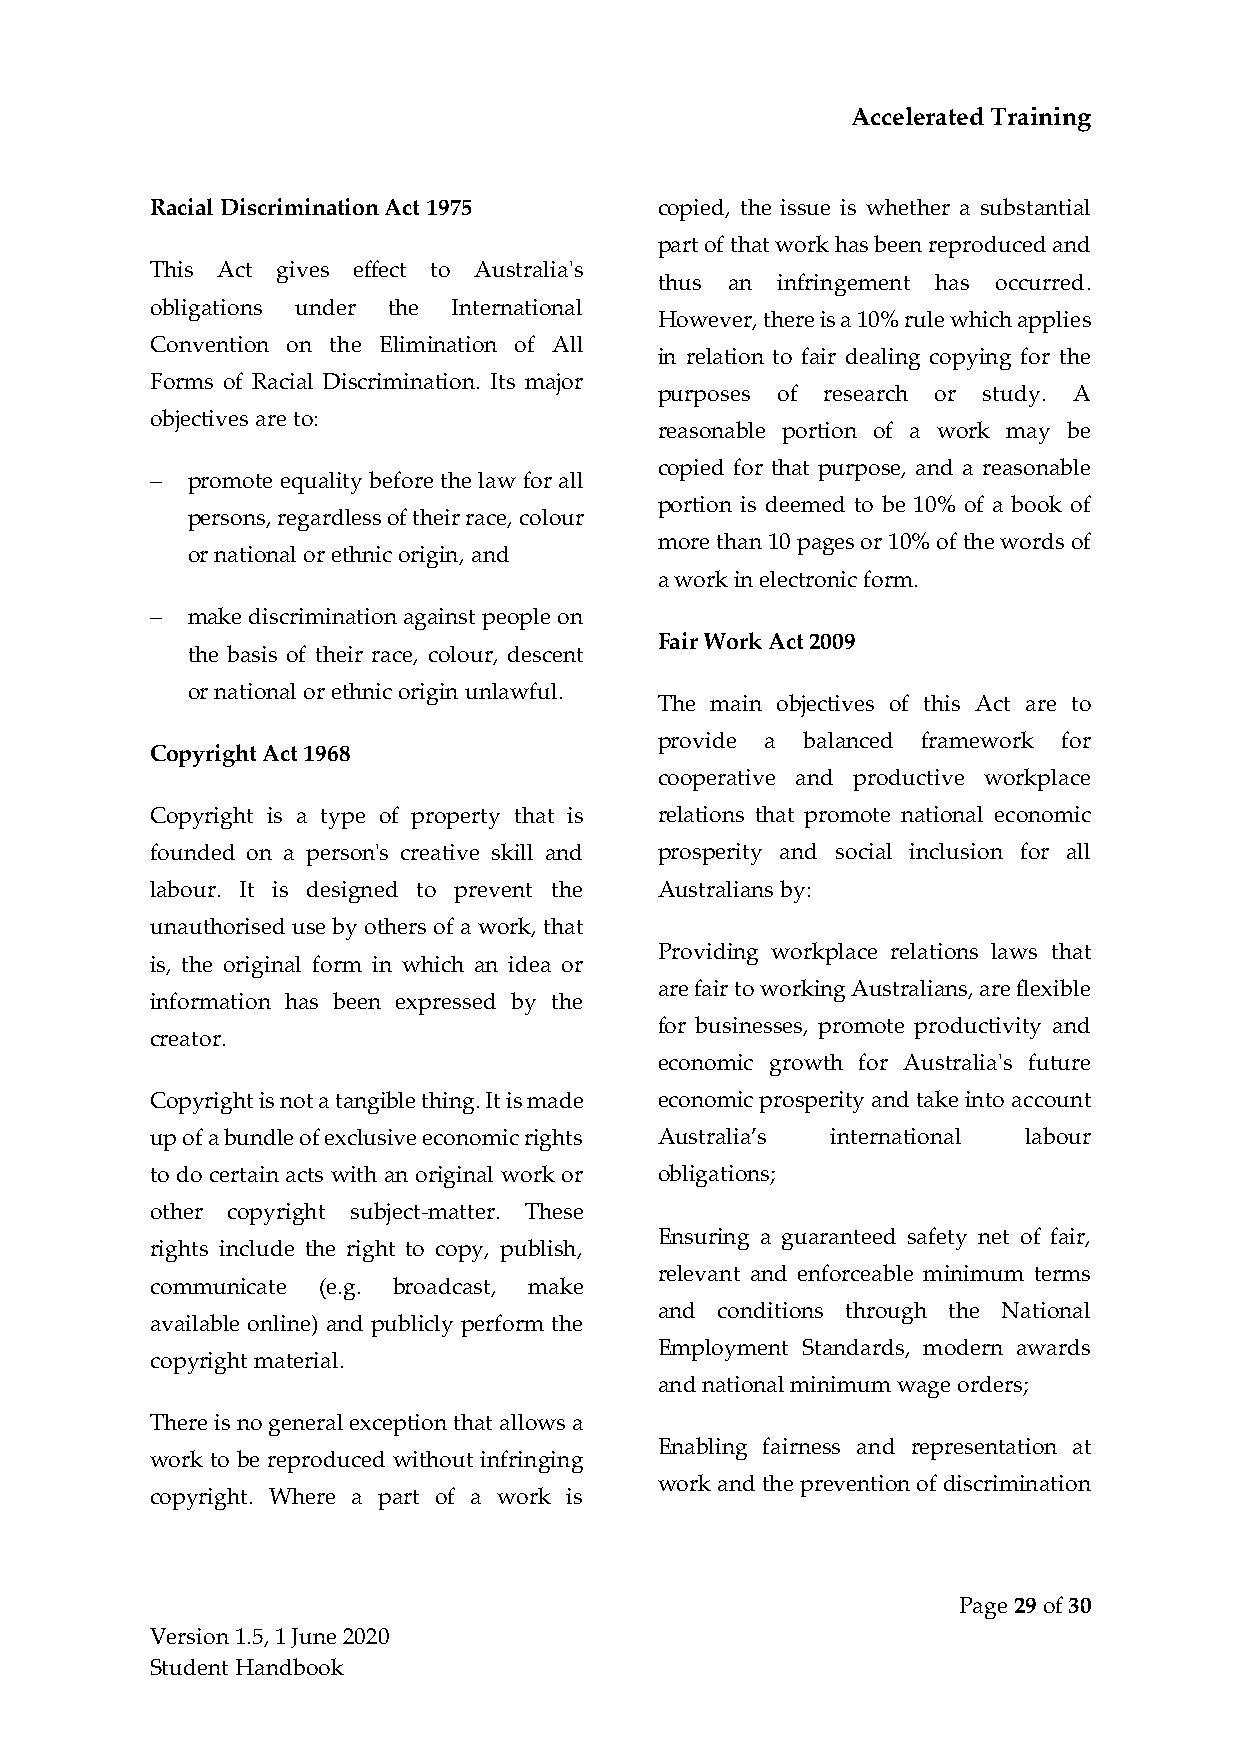
Accelerated Training
 Racial Discrimination Act 1975    copied, the issue is whether a substantial
 part of that work has been reproduced and
 This Act gives effect to Australia's
 thus an infringement has occurred.
 obligations under the International
 However, there is a 10% rule which applies
 Convention on the Elimination of All
 in relation to fair dealing copying for the
 Forms of Racial Discrimination. Its major
 purposes of research or study. A
 objectives are to:
 reasonable portion of a work may be
 copied for that purpose, and a reasonable
 − promote equality before the law for all
 portion is deemed to be 10% of a book of
 persons, regardless of their race, colour
 more than 10 pages or 10% of the words of
 or national or ethnic origin, and
 a work in electronic form.
 − make discrimination against people on
 Fair Work Act 2009
 the basis of their race, colour, descent
 or national or ethnic origin unlawful.
 The main objectives of this Act are to
 provide a balanced framework for
 Copyright Act 1968
 cooperative and productive workplace
 Copyright is a type of property that is relations that promote national economic
 founded on a person's creative skill and prosperity and social inclusion for all
 labour. It is designed to prevent the Australians by:
 unauthorised use by others of a work, that
 Providing workplace relations laws that
 is, the original form in which an idea or
 are fair to working Australians, are flexible
 information has been expressed by the
 for businesses, promote productivity and
 creator.
 economic growth for Australia's future
 Copyright is not a tangible thing. It is made economic prosperity and take into account
 up of a bundle of exclusive economic rights Australia’s international labour
 to do certain acts with an original work or obligations;
 other copyright subject-matter. These
 Ensuring a guaranteed safety net of fair,
 rights include the right to copy, publish,
 relevant and enforceable minimum terms
 communicate (e.g. broadcast, make
 and conditions through the National
 available online) and publicly perform the
 Employment Standards, modern awards
 copyright material.
 and national minimum wage orders;
 There is no general exception that allows a
 Enabling fairness and representation at
 work to be reproduced without infringing
 work and the prevention of discrimination
 copyright. Where a part of a work is
 Page 29 of 30
 Version 1.5, 1 June 2020
 Student Handbook